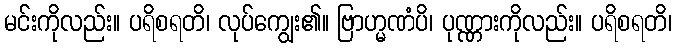
မင်းကိုလည်း။ ပရိစရတိ၊ လုပ်ကျွေး၏။ ဗြာဟ္မဏံပိ၊ ပုဏ္ဏားကိုလည်း။ ပရိစရတိ၊